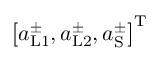
\left[ a _ { \mathrm { L 1 } } ^ { \pm } , a _ { \mathrm { L 2 } } ^ { \pm } , a _ { \mathrm { S } } ^ { \pm } \right] ^ { \mathrm { T } }